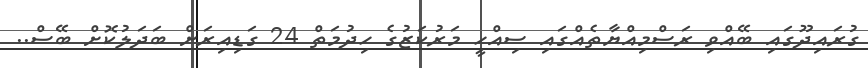
ގުރައިދޫގައި ބޭއްވި ރަސްމިއްޔާތެއްގައި ސިއްހީ މަރުކަޒުގެ ހިދުމަތް 24 ގަޑިއިރަށް ބަދަލުކޮށް ބޭސް..